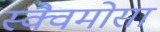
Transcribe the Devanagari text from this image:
स्क्वैमोसा